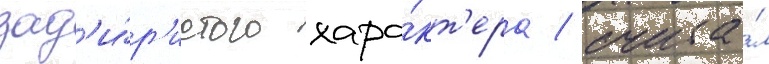
зад'и́р'истого хара́кт'ера / счита́л